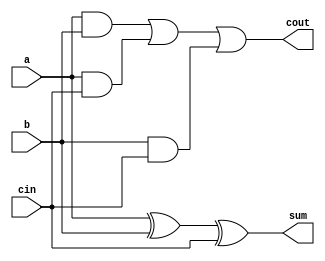
module add 
		( input [48:0] a,
		  input [48:0] b,
		  input [48:0] cin,
		  
		  output [48:0] cout,
		  output [48:0] sum
			);
	
	 assign cout = (a&b) | (a&cin) | (b&cin);
	 assign sum  = a^b^cin;

endmodule